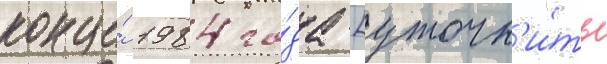
конце́ 1984 го́да [уточн'и́ть